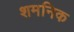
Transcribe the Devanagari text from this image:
शमनिक